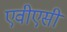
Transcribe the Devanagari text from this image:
एवीएसी